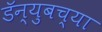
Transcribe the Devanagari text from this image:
डॅन्युबच्या